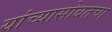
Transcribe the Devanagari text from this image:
यांच्यासोबतचा